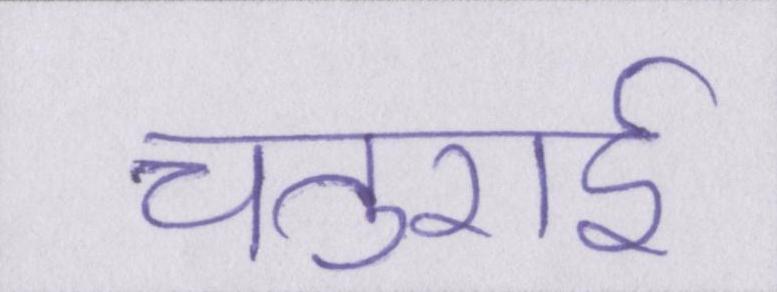
चतुराई